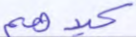
كيدهم